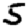
Digit: 5